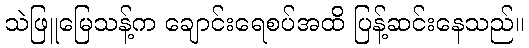
သဲဖြူမြေသန့်က ချောင်းရေစပ်အထိ ပြန့်ဆင်းနေသည်။